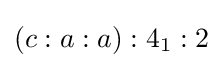
(c:a:a):4_{1}:2